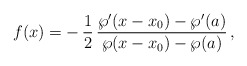
\begin{align*}f(x)=-\,\frac{1}{2}\, {\wp'(x-x_0)-\wp'(a)\over \wp(x-x_0)-\wp(a)}\, ,\end{align*}